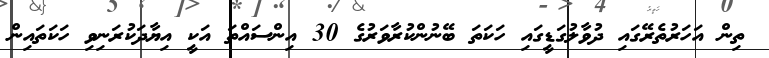
ތިން އަހަރުތެރޭގައި ދުވާލުގަޑީގައި ހަކަތަ ބޭނުންކުރާވަރުގެ 30 އިންސައްތަ އަކީ އިޔާދަކުރަނިވި ހަކަތައިން